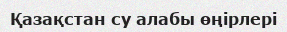
Қазақстан су алабы өңірлері